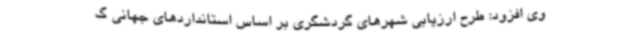
وی افزود: طرح ارزیابی شهرهای گردشگری بر اساس استانداردهای جهانی گ